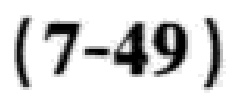
\((7 - 49)\)